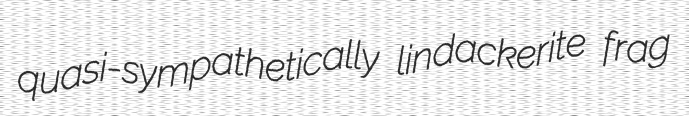
quasi-sympathetically lindackerite frag